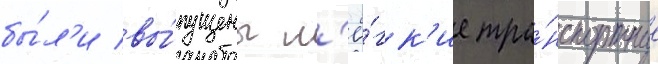
бы́л'и вы́пущены л'ё́гк'ие тра́нспортные